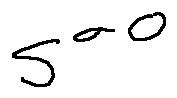
S ^ { \sigma o }